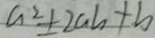
a ^ { 2 } \pm 2 a b + b